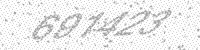
Solution: 691423